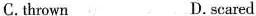
C.thrown D. scared